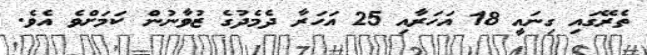
ތެރޭގައި ގިނައީ 18 އަހަރާއި 25 އަހަރާ ދެމެދުގެ ޒުވާނުން ކަމަށްވެ އެވެ.